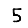
Digit: 5